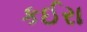
કઈરા